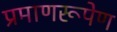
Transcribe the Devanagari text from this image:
प्रमाणरूपेण